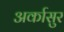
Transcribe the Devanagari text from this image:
अर्कासुर